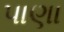
પાણા